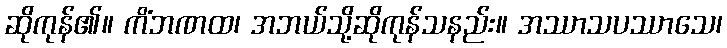
ဆိုကုန်၏။ ကိံဘဏထ၊ အဘယ်သို့ဆိုကုန်သနည်း။ အဿာသပဿာသေ၊